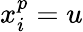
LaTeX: x_{i}^{p}=u